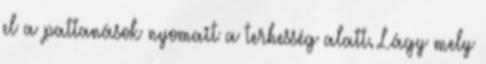
el a pattanások nyomait a terhesség alatt. Lágy mely